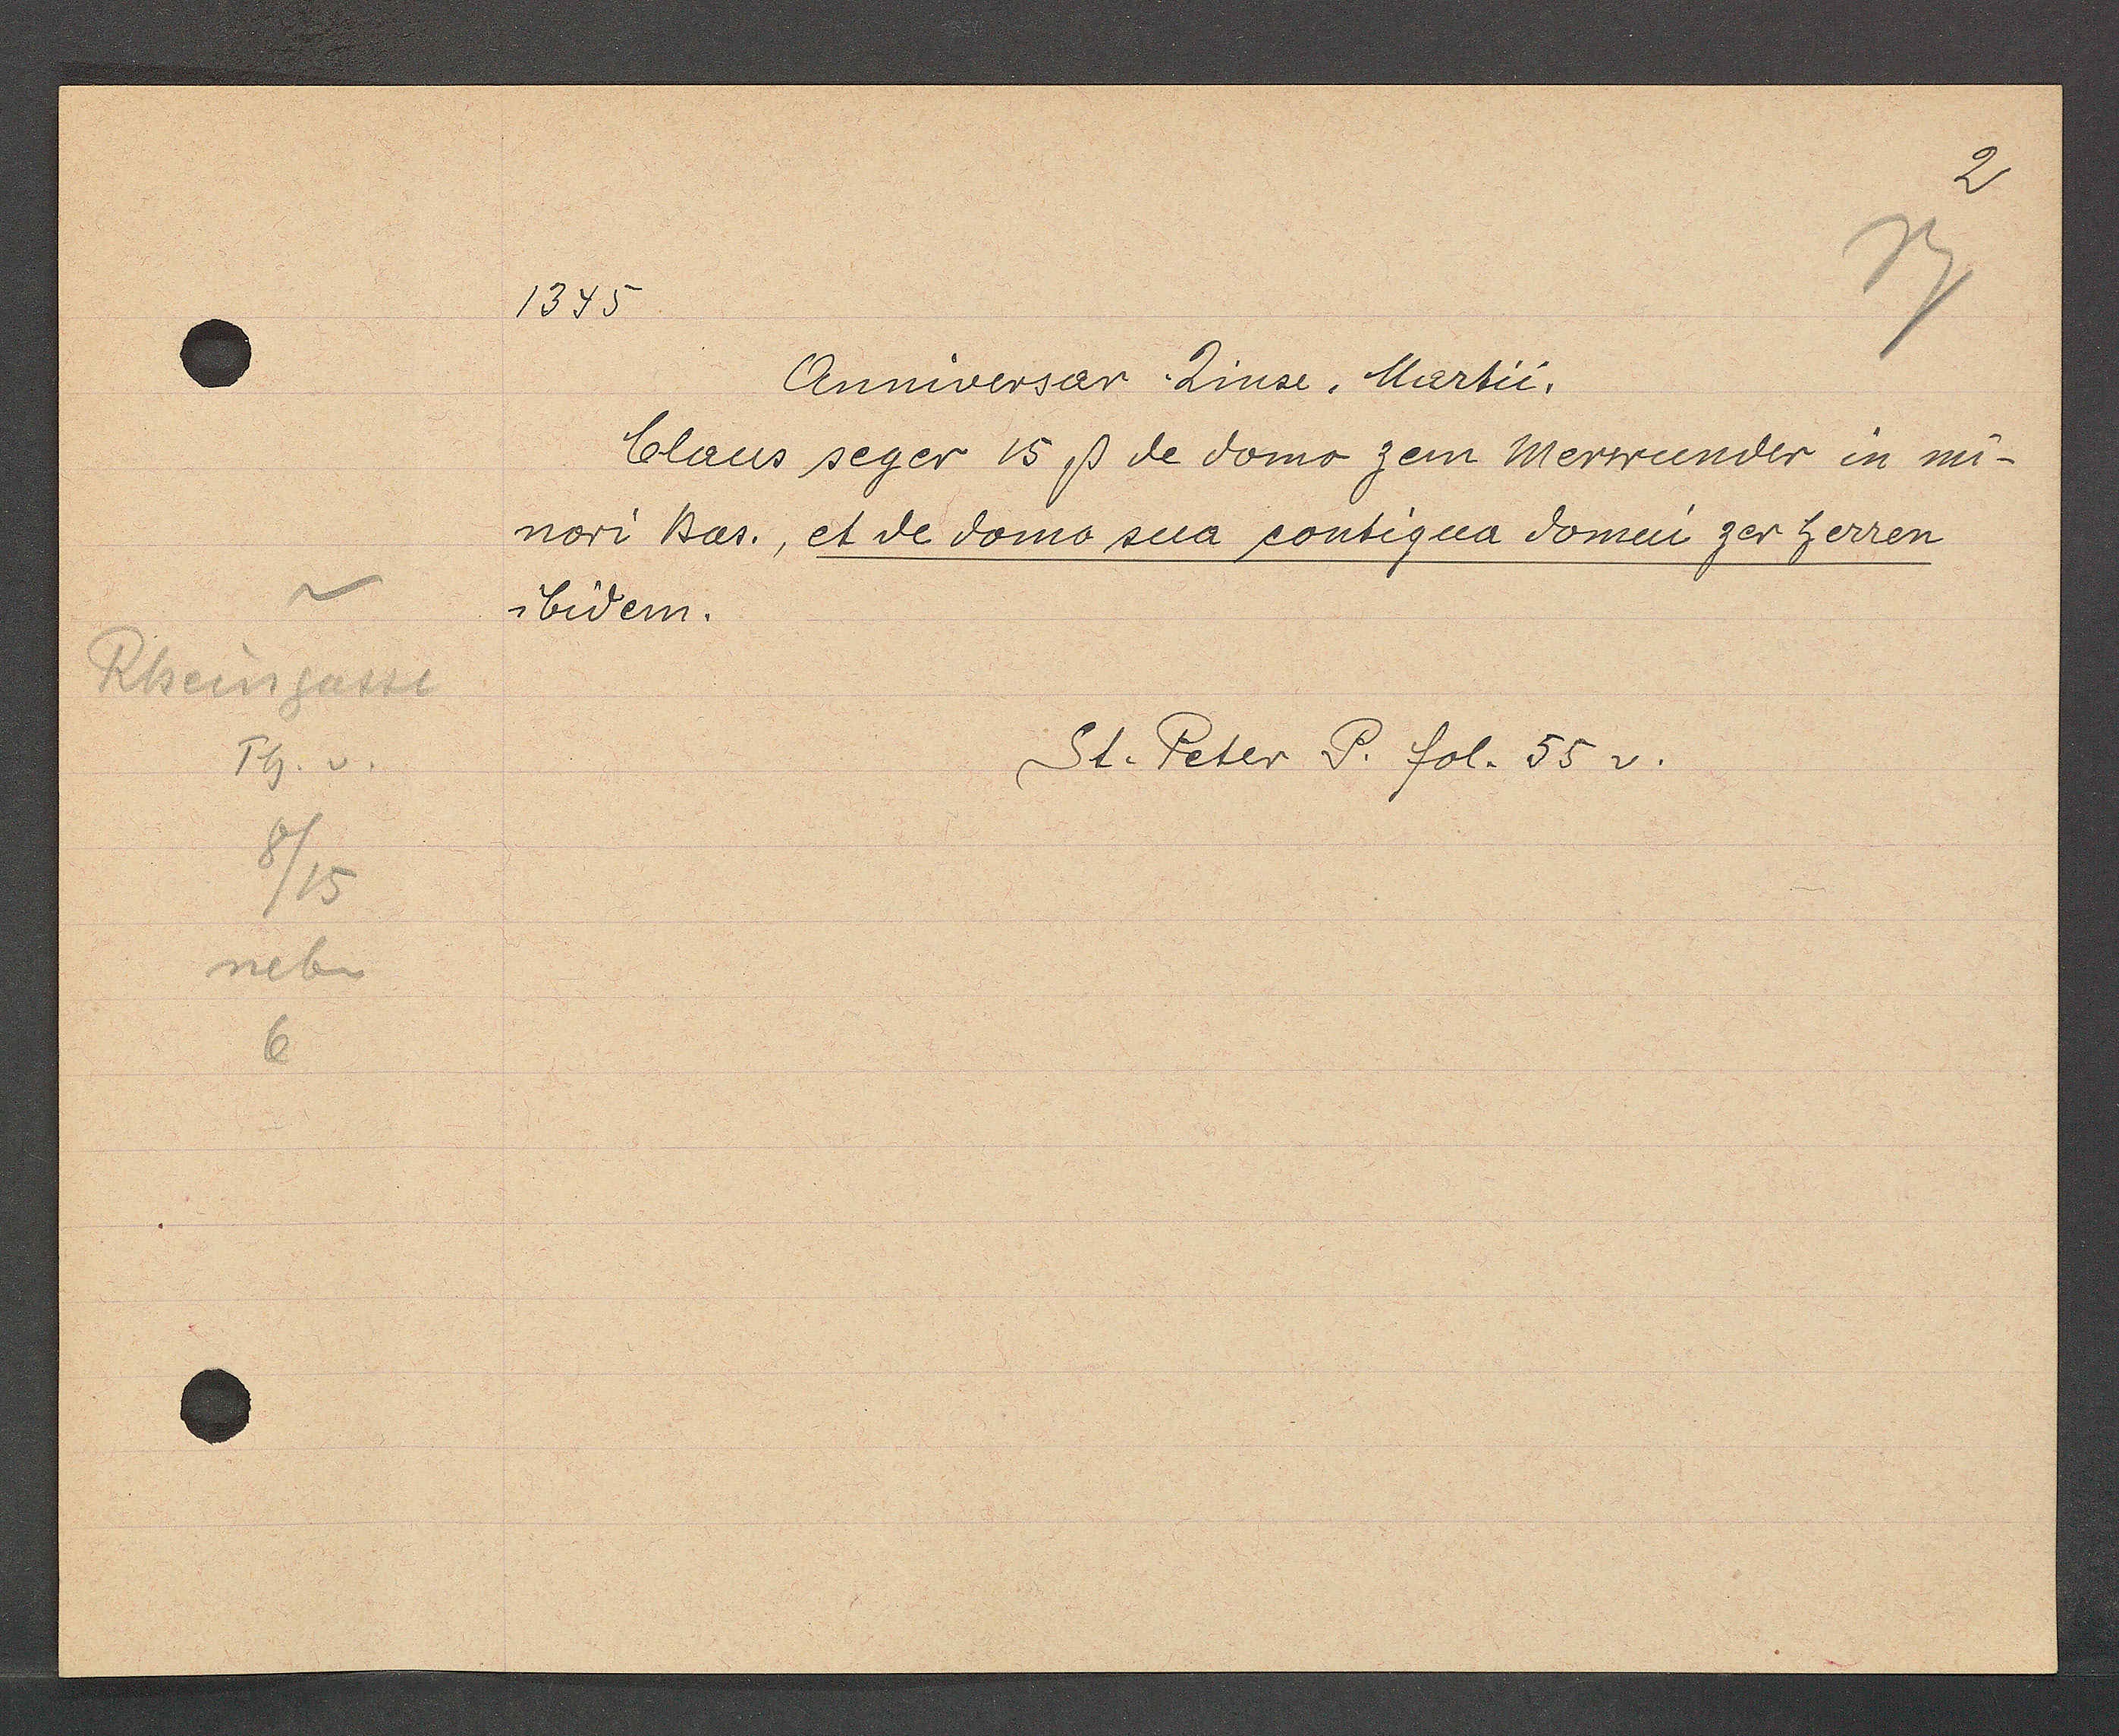
Transcript:
Rheingasse
Th. v
8/15
neben
6

1345

Anniversar Zinse, Martii.
Claus seger 15ß de domo zem Merwunder in mi¬
nori Bas., et de domo sua contigua domin zer herren
ibidem.

St. Peter P. fol. 55 v.